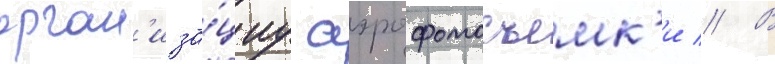
орган'иза́циу аэрофотосъемк'и // В